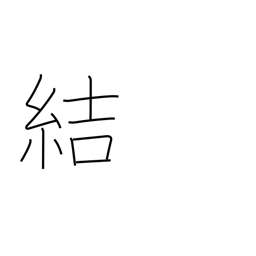
Meaning: contract